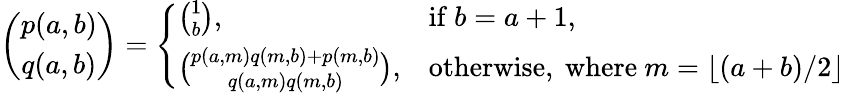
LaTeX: {\binom{p(a,b)}{q(a,b)}}={\left\{ \begin{array}{ll}{{\binom{1}{b}},}&{{\mathrm{if~}}b=a+1{\mathrm{,}}}\\ {{\binom{p(a,m)q(m,b)+p(m,b)}{q(a,m)q(m,b)}},}&{{\mathrm{otherwise,~where~}}m=\lfloor(a+b)/2\rfloor}\end{array}\right.}